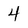
Character: 4